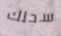
سجلك